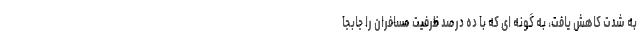
به شدت کاهش یافت، به گونه ای که با ده درصد ظرفیت مسافران را جابجا